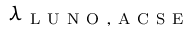
\lambda _ { \mathrm { ~ L ~ U ~ N ~ O ~ , ~ A ~ C ~ S ~ E ~ } }